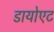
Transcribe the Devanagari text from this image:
डायोएट